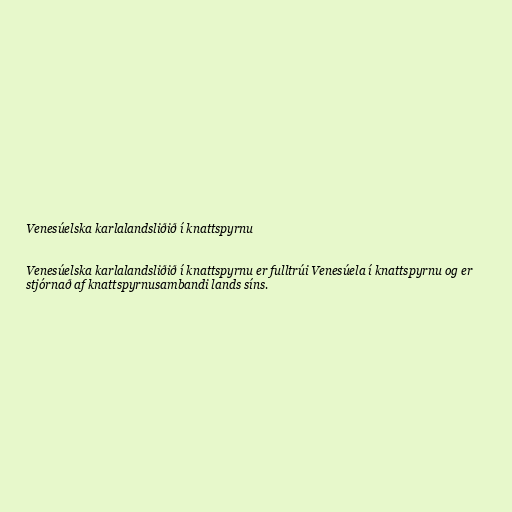
Venesúelska karlalandsliðið í knattspyrnu

Venesúelska karlalandsliðið í knattspyrnu er fulltrúi Venesúela í knattspyrnu og er
stjórnað af knattspyrnusambandi lands síns.